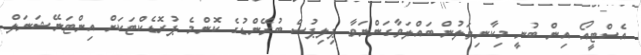
އެސްޓީއޯ އިން ބުނީ މިކާނިވަލުން ބައްލަވާގަންނަވާ ޕިލިޕުސް ބުރޭންޑުގެ ކޮންމެ ޕުރޮޑެކްޓަކަށް އިންޓަނޭޝަނަލް